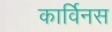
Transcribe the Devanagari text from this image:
कार्विनस